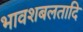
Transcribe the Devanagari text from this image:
भावशबलतादि